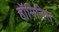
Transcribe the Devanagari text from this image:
हॉमिनिस